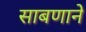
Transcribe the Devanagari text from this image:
साबणाने